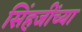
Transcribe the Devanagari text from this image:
सिंहजींच्या